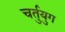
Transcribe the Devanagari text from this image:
चर्तुयुग